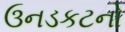
ઉનડકટનો